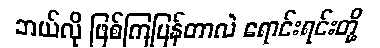
ဘယ်လို ဖြစ်ကြပြန်တာလဲ ရောင်းရင်းတို့